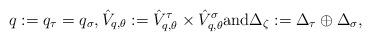
LaTeX: \begin{align*}q:= q_{\tau} = q_{\sigma}, \hat{V}_{q, \theta}:= \hat{V}^{\tau}_{q, \theta} \times \hat{V}^{\sigma}_{q, \theta} \hbox{and} \Delta_{\zeta}:= \Delta_{\tau} \oplus \Delta_{\sigma}, \end{align*}